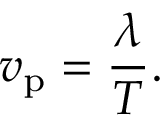
v _ { \mathrm { p } } = { \frac { \lambda } { T } } .